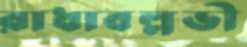
রাধাবল্লভী